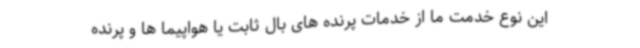
این نوع خدمت ما از خدمات پرنده های بال ثابت یا هواپیما ها و پرنده